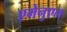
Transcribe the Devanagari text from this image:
एमेनुएल